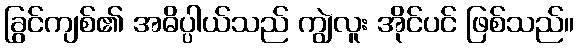
ခြွင်ကျစ်၏ အဓိပ္ပါယ်သည် ကျွဲလူး အိုင်ပင် ဖြစ်သည်။